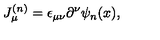
J _ { \mu } ^ { ( n ) } = \epsilon _ { \mu \nu } \partial ^ { \nu } \psi _ { n } ( x ) ,